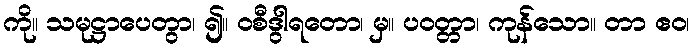
ကို။ သမုဋ္ဌာပေတွာ၊ ၍။ ဝစီဒွါရတော၊ မှ။ ပဝတ္တာ၊ ကုန်သော။ တာ ဧဝ၊